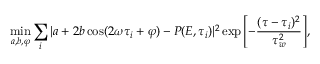
\operatorname* { m i n } _ { a , b , \varphi } \sum _ { i } | a + 2 b \cos ( 2 \omega \tau _ { i } + \varphi ) - P ( E , \tau _ { i } ) | ^ { 2 } \exp { \left[ - \frac { ( \tau - \tau _ { i } ) ^ { 2 } } { \tau _ { w } ^ { 2 } } \right] } ,